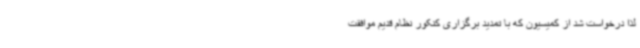
لذا درخواست شد از کمیسیون که با تمدید برگزاری کنکور نظام قدیم موافقت